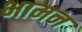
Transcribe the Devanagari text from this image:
भामन